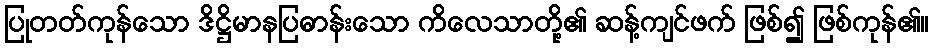
ပြုတတ်ကုန်သော ဒိဋ္ဌိမာနပြဓာန်းသော ကိလေသာတို့၏ ဆန့်ကျင်ဖက် ဖြစ်၍ ဖြစ်ကုန်၏။